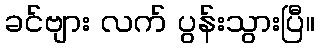
ခင်ဗျား လက် ပွန်းသွားပြီ။